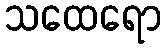
သထေရော